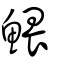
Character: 鰃